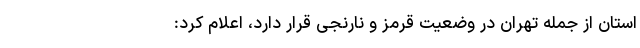
استان از جمله تهران در وضعیت قرمز و نارنجی قرار دارد، اعلام کرد: